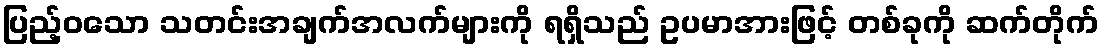
ပြည့်ဝသော သတင်းအချက်အလက်များကို ရရှိသည် ဥပမာအားဖြင့် တစ်ခုကို ဆက်တိုက်